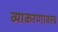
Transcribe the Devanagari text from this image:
व्याकरणावरच